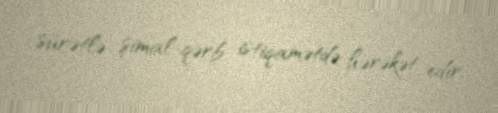
sürətlə şimal-qərb istiqamətdə hərəkət edir.